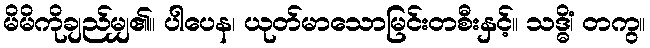
မိမိကိုချည်မျှ၏။ ပါပေန၊ ယုတ်မာသောမြင်းတစီးနှင့်။ သဒ္ဓိံ၊ တကွ။